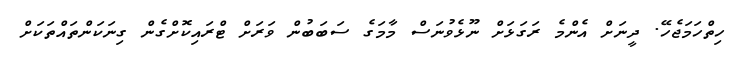
ހިތްހަމަޖެހޭ. ދީނަށް އެންމެ ރަގަޅަށް ނޫޅެވުނަސް މާމަގެ ސަބަބުން ވަރަށް ޓްރައިކޮށްގެން ގިނަކަންތައްތަކަށް